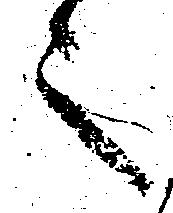
之